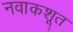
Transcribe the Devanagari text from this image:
नवाकशूत